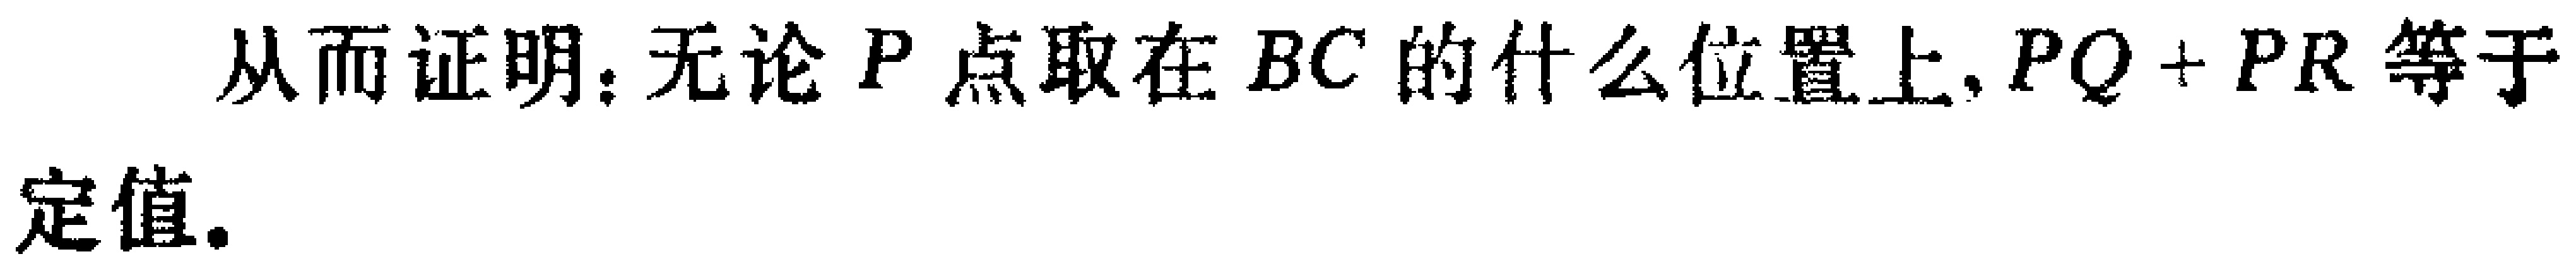
从而证明：无论 \(P\) 点取在 \(BC\) 的什么位置上, \(PQ + PR\) 等于定值.